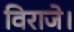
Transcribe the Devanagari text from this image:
विराजे।